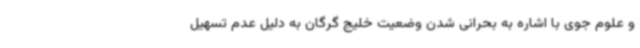
و علوم جوی با اشاره به بحرانی شدن وضعیت خلیج گرگان به دلیل عدم تسهیل